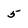
Character: 5